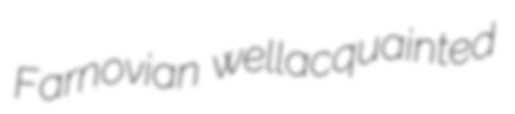
Farnovian wellacquainted